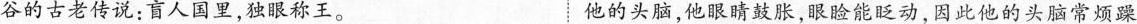
谷的古老传说：盲人国里，独眼称王。 他的头脑，他眼睛鼓胀，眼睑能眨动，因此他的头脑常烦躁